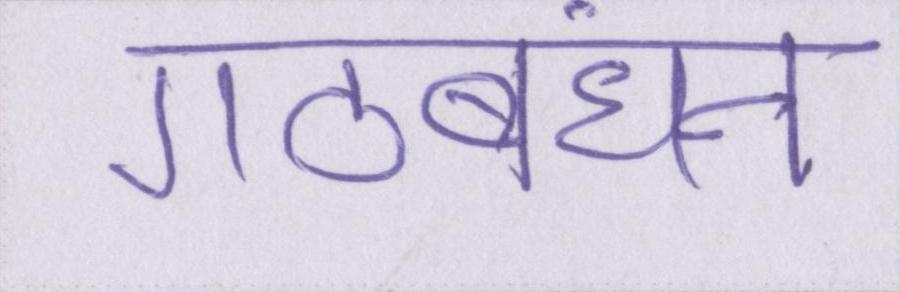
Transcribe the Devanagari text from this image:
गठबंधन